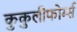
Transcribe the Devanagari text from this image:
कुकुलीफोर्म्स